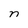
Character: n